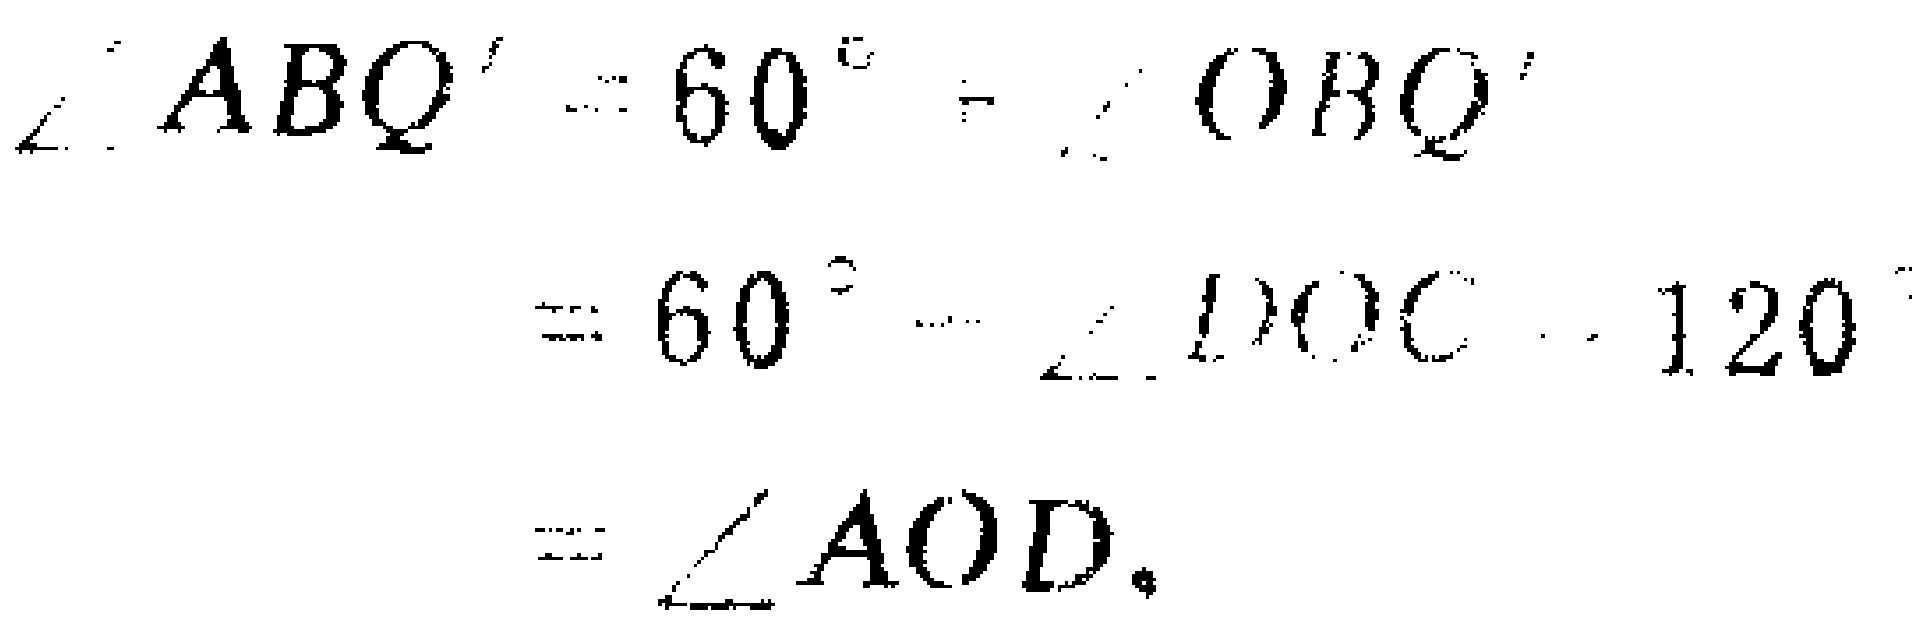
\(\angle ABQ' = 60^{\circ}-\angle OBQ'\)

\(=60^{\circ}-\angle DOC - 120^{\circ}\)

\(=\angle AOD.\)